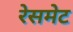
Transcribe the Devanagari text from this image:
रेसमेट